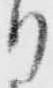
り